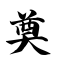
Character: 奠